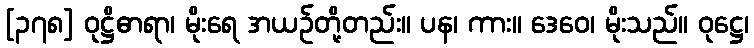
[၃၇၈] ဝုဋ္ဌိဓာရာ၊ မိုးရေ အယဉ်တို့တည်း။ ပန၊ ကား။ ဒေဝေ၊ မိုးသည်။ ဝုဋ္ဌေ၊